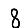
Digit: 8